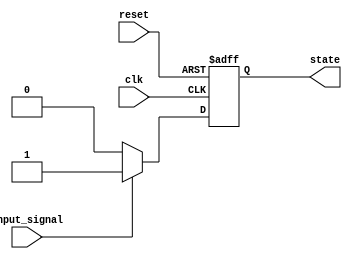
module simple_fsm (
    input wire clk,          // Clock input
    input wire reset,        // Reset input
    input wire input_signal, // Input signal for state transition
    output reg state         // Current state output
);

    // State encoding
    parameter STATE_0 = 1'b0;
    parameter STATE_1 = 1'b1;

    // Initial state
    initial begin
        state = STATE_0; // Start in state 0
    end

    // Sequential logic using @ (posedge clk) for clock-driven behavior
    always @(posedge clk or posedge reset) begin
        if (reset) begin
            state <= STATE_0; // Reset to state 0
        end else begin
            case (state)
                STATE_0: begin
                    // Transition to state 1 based on input_signal
                    if (input_signal) begin
                        state <= STATE_1; // Go to state 1 if input_signal is high
                    end
                end
                STATE_1: begin
                    // Transition back to state 0
                    if (!input_signal) begin
                        state <= STATE_0; // Go back to state 0 if input_signal is low
                    end
                end
            endcase
        end
    end

endmodule